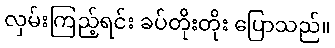
လှမ်းကြည့်ရင်း ခပ်တိုးတိုး ပြောသည်။